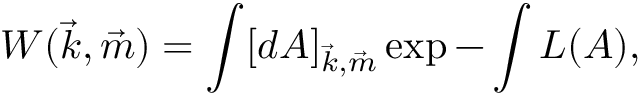
W ( \vec { k } , \vec { m } ) = \int [ d A ] _ { \vec { k } , \vec { m } } \exp - \int { \cal L } ( A ) ,